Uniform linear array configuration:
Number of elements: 32
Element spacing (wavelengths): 0.5
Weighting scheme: hann
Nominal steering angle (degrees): -60
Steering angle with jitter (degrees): -58.392
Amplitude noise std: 0.05
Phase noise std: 0.05

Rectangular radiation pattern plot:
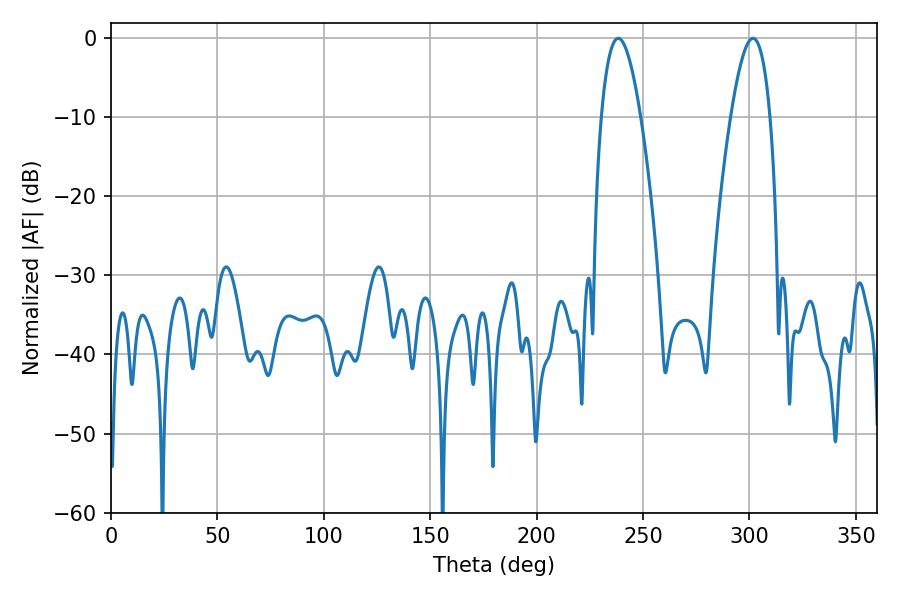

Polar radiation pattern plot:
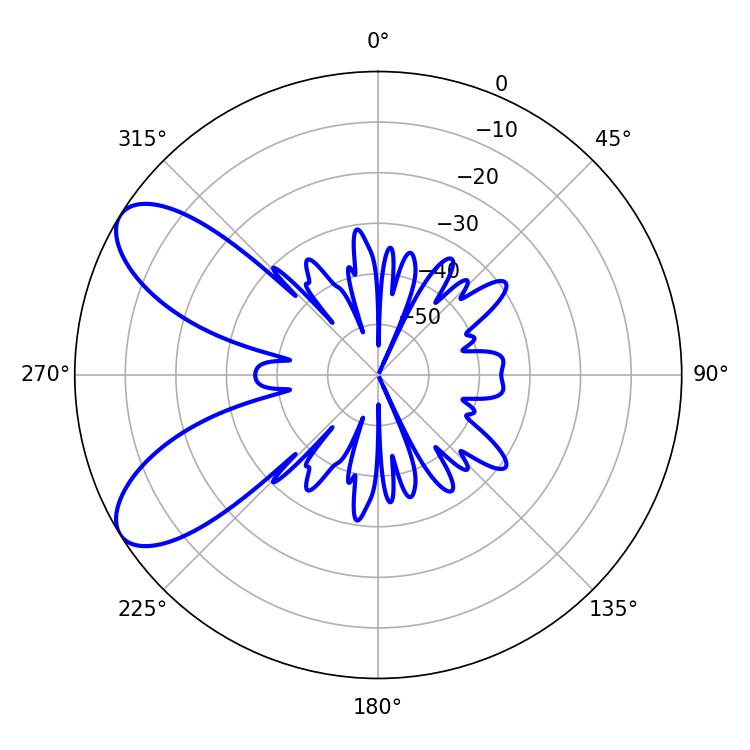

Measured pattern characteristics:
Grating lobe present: FALSE
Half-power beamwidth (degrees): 10.08
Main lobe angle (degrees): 238.32